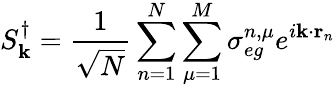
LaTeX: S_{\textbf k}^{\dagger}=\frac{1}{\sqrt{N}}\sum_{n=1}^{N}\sum_{\mu=1}^{M}\sigma_{eg}^{n,\mu}e^{i{\textbf k}\cdot\mathbf{r}_{n}}